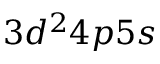
3 d ^ { 2 } 4 p 5 s